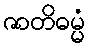
ဇာတိဓမ္မံ